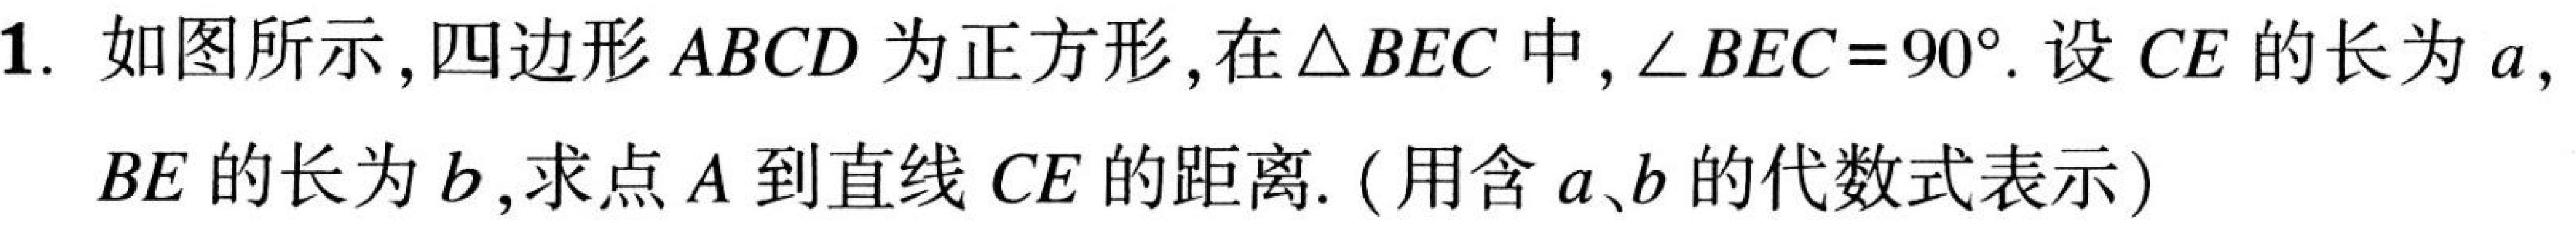
1. 如图所示，四边形\(ABCD\)为正方形，在\(\triangle BEC\)中，\(\angle BEC = 90^{\circ}\). 设\(CE\)的长为\(a\)，
\(BE\)的长为\(b\)，求点\(A\)到直线\(CE\)的距离. (用含\(a、b\)的代数式表示)